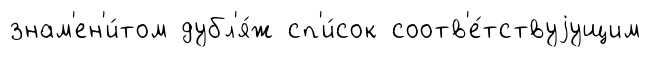
знам'ен'и́том дубл'я́ж сп'и́сок соотв'е́тствуjущим